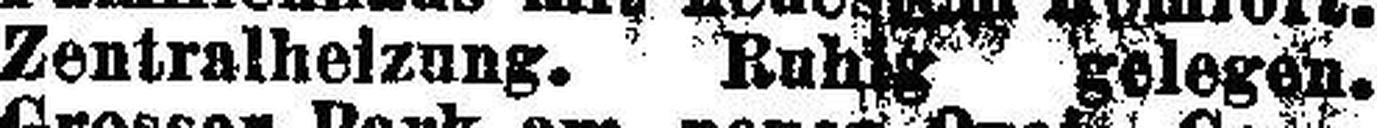
Zentralheizung. Ruhig gelegen.